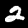
Digit: 2